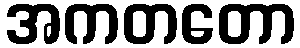
အကတတော